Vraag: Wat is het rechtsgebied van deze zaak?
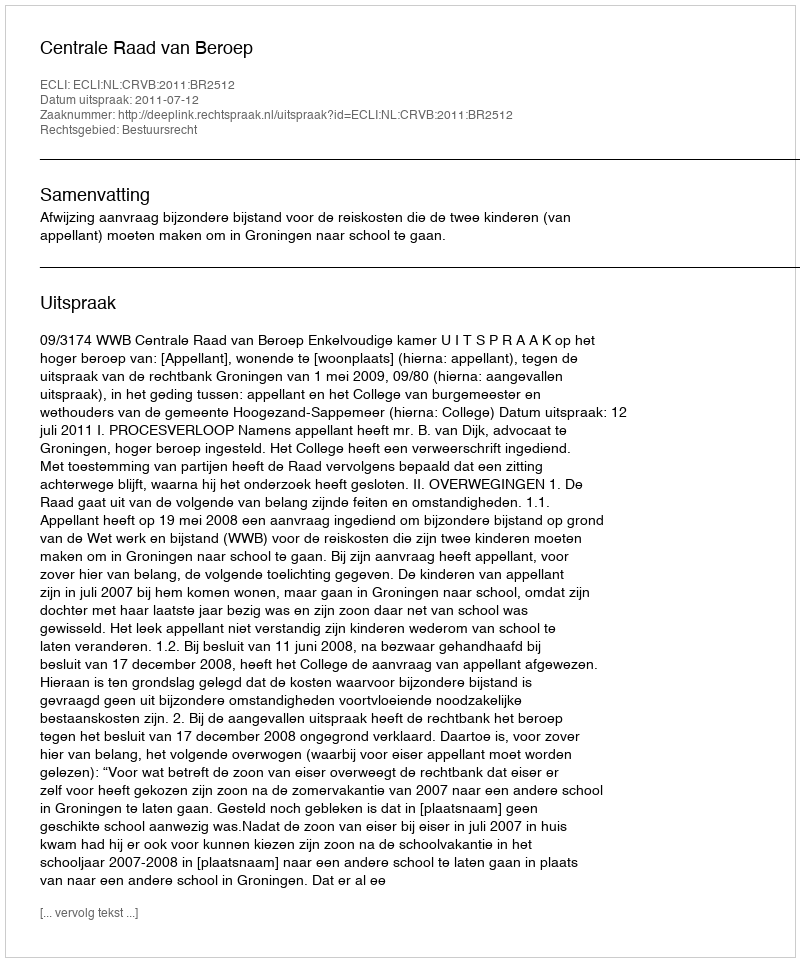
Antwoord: Bestuursrecht